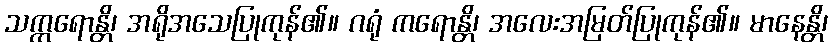
သက္ကရောန္တိ၊ အရိုအသေပြုကုန်၏။ ဂရုံ ကရောန္တိ၊ အလေးအမြတ်ပြုကုန်၏။ မာနေန္တိ၊